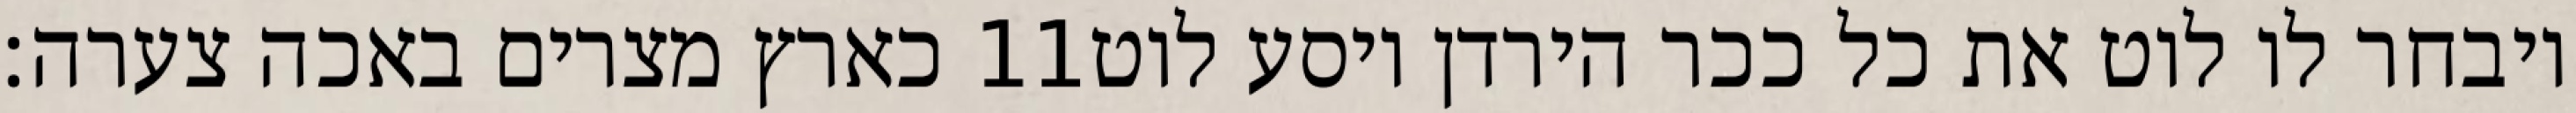
כארץ מצרים באכה צערה׃ ‎11‏ ויבחר לו לוט את כל ככר הירדן ויסע לוט